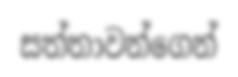
සත්තාවන්ගෙන්